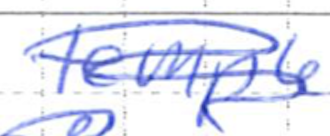
Text: temple
Cross-out: scratch
Writing tool: ballpoint